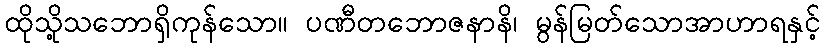
ထိုသို့သဘောရှိကုန်သော။ ပဏီတဘောဇနာနိ၊ မွန်မြတ်သောအာဟာရနှင့်